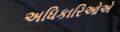
અધિકારિઓએ